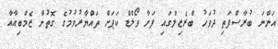
އަންނަ ބުރާސްފަތި ދުވަހު ބްރެޒިލްގައި ފަށާ ވޯލްޑް ކަޕަށް ތައްޔާރުވުމުގެ ގޮތުން ޒެމްބިއާއާ